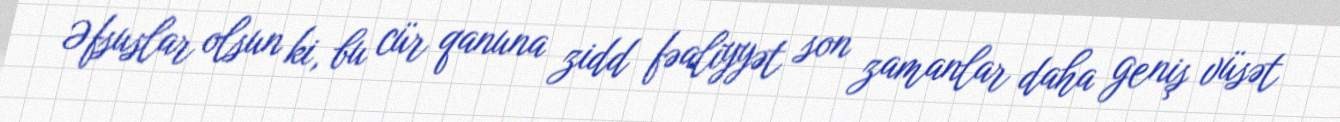
Əfsuslar olsun ki, bu cür qanuna zidd fəaliyyət son zamanlar daha geniş vüsət